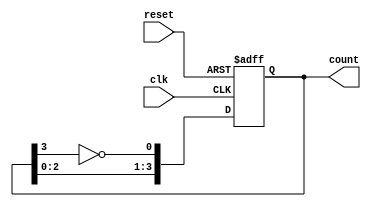
module johnson_counter(
    input clk,
    input reset,
    output reg [3:0] count
);

always @(posedge clk or posedge reset) begin
    if (reset) begin
        count <= 4'b0001;
    end else begin
        count <= {count[2:0], ~count[3]};
    end
end

endmodule